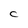
Character: C